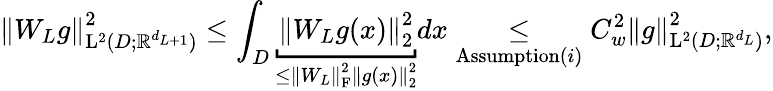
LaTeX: \left\| W_{L}g\right\| _{\mathrm{L}^{2}(D;\mathbb{R}^{d_{L+1}})}^{2}\leq\int_{D}\underbracket{\left\| W_{L}g(x)\right\| _{2}^{2}}_{\leq\left\| W_{L}\right\| _{\mathrm{F}}^{2}\left\| g(x)\right\| _{2}^{2}}dx\underset{\mathrm{Assumption}(i)}{\leq}C_{w}^{2}\left\| g\right\| _{\mathrm{L}^{2}(D;\mathbb{R}^{d_{L}})}^{2},